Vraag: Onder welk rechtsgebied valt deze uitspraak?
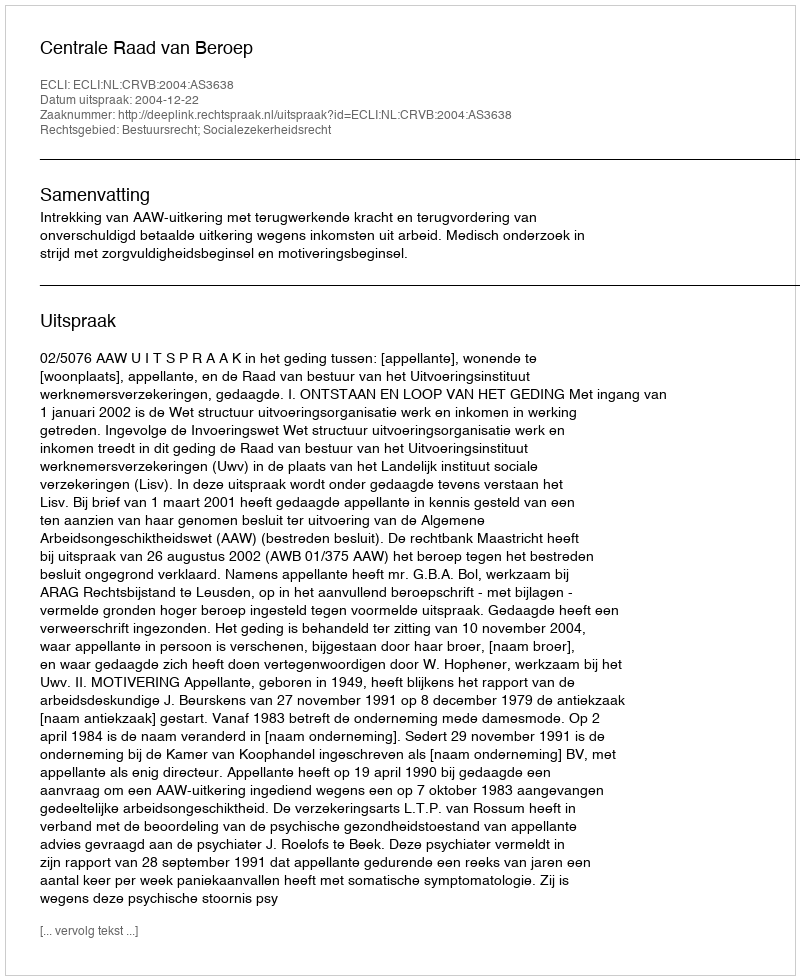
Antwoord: Bestuursrecht; Socialezekerheidsrecht